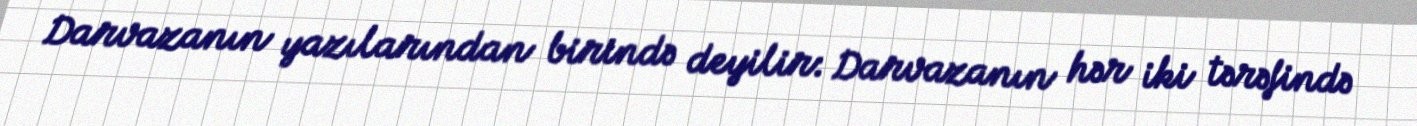
Darvazanın yazılarından birində deyilir: Darvazanın hər iki tərəfində